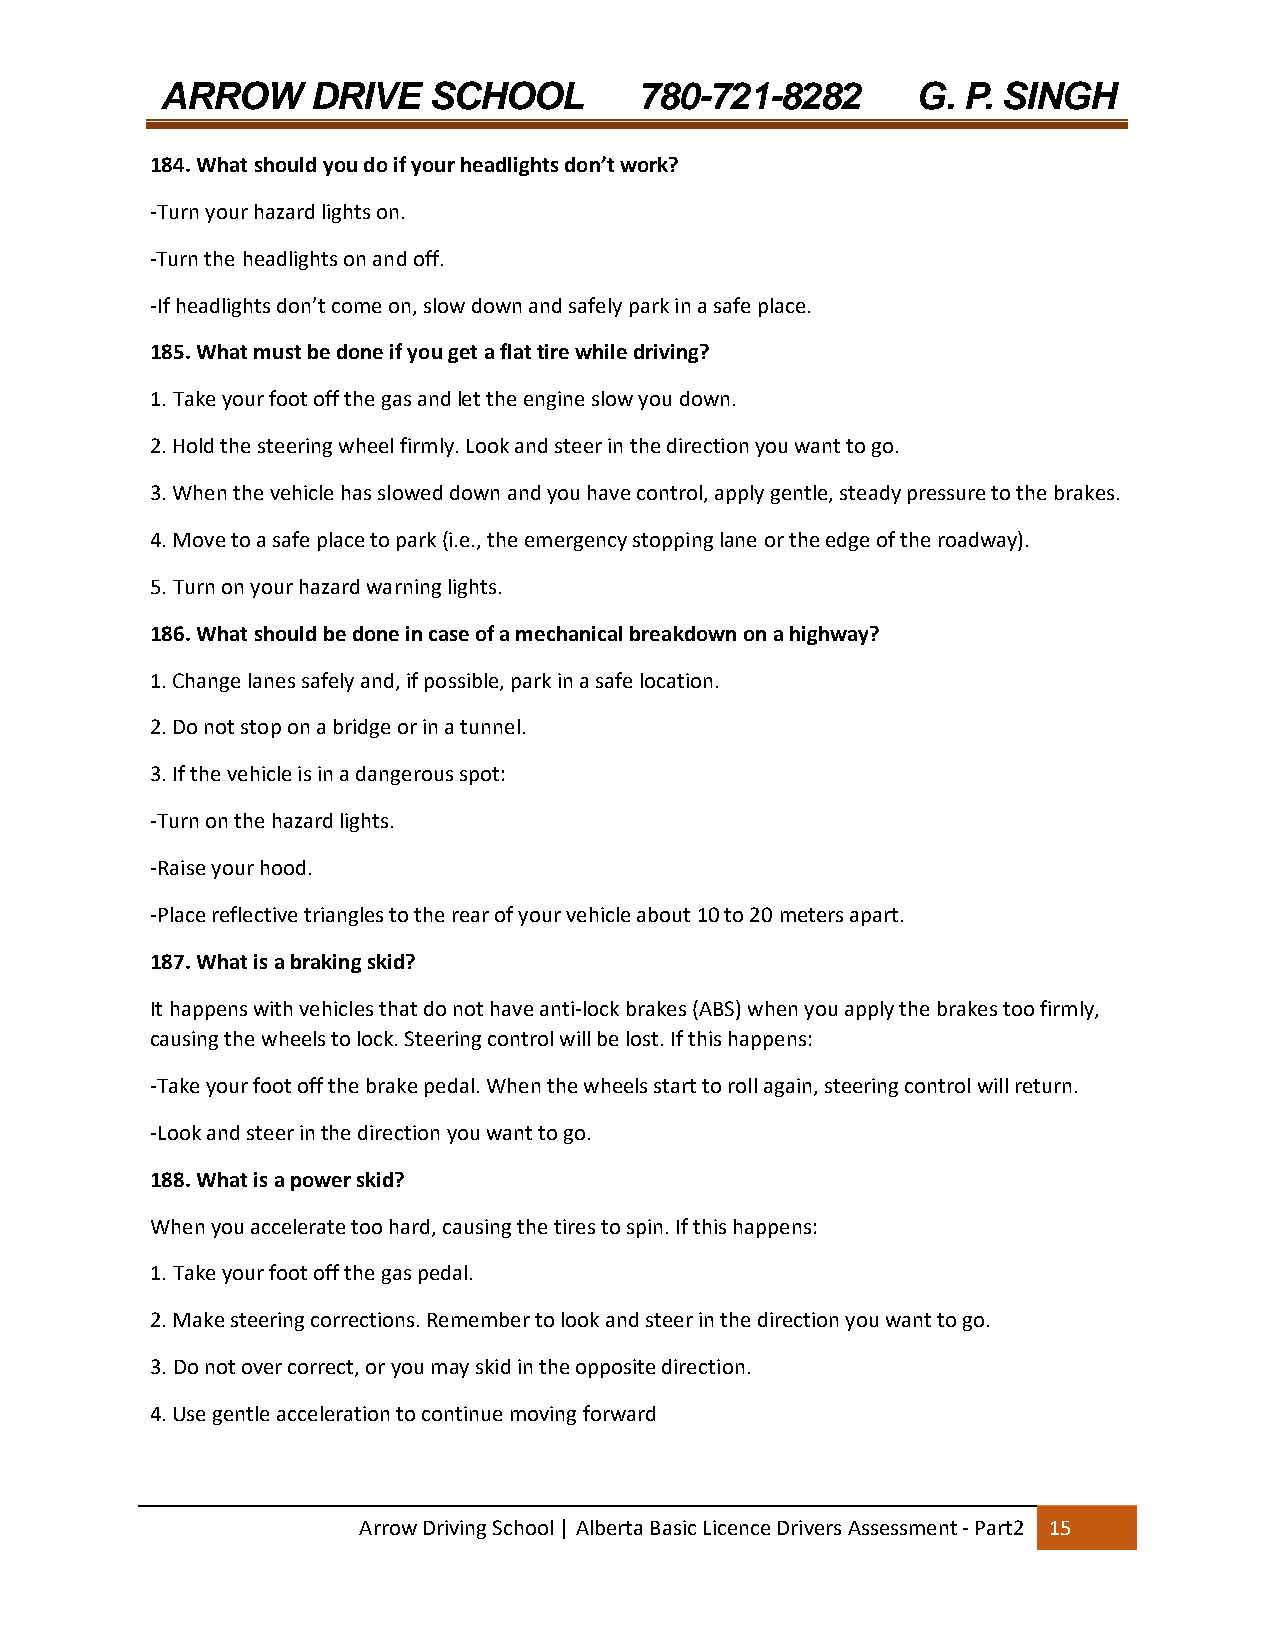
ARROW     DRIVE  SCHOOL        780-721-8282       G. P. SINGH
 184. What should you do if your headlights don’t work?
 ‐Turn your hazard lights on.
 ‐Turn the headlights on and off.
 ‐If headlights don’t come on, slow down and safely park in a safe place.
 185. What must be done if you get a flat tire while driving?
 1. Take your foot off the gas and let the engine slow you down.
 2. Hold the steering wheel firmly. Look and steer in the direction you want to go.
 3. When the vehicle has slowed down and you have control, apply gentle, steady pressure to the brakes.
 4. Move to a safe place to park (i.e., the emergency stopping lane or the edge of the roadway).
 5. Turn on your hazard warning lights.
 186. What should be done in case of a mechanical breakdown on a highway?
 1. Change lanes safely and, if possible, park in a safe location.
 2. Do not stop on a bridge or in a tunnel.
 3. If the vehicle is in a dangerous spot:
 ‐Turn on the hazard lights.
 ‐Raise your hood.
 ‐Place reflective triangles to the rear of your vehicle about 10 to 20 meters apart.
 187. What is a braking skid?
 It happens with vehicles that do not have anti‐lock brakes (ABS) when you apply the brakes too firmly,
 causing the wheels to lock. Steering control will be lost. If this happens:
 ‐Take your foot off the brake pedal. When the wheels start to roll again, steering control will return.
 ‐Look and steer in the direction you want to go.
 188. What is a power skid?
 When you accelerate too hard, causing the tires to spin. If this happens:
 1. Take your foot off the gas pedal.
 2. Make steering corrections. Remember to look and steer in the direction you want to go.
 3. Do not over correct, or you may skid in the opposite direction.
 4. Use gentle acceleration to continue moving forward
 Arrow Driving School | Alberta Basic Licence Drivers Assessment ‐ Part2 15